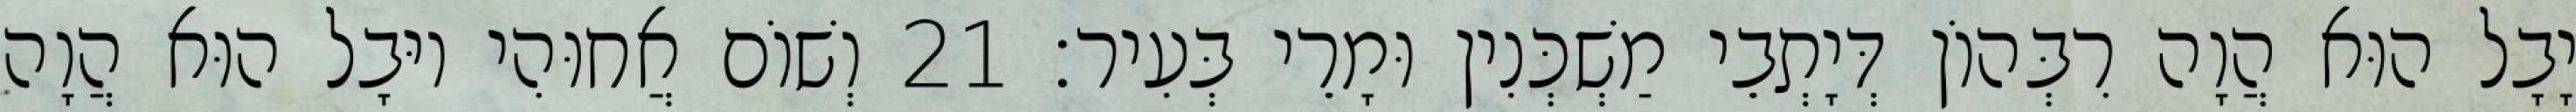
יָבָל הוּא הֲוָה רִבְּהוֹן דְּיָתְבֵי מַשְׁכְּנִין וּמָרֵי בְּעִיר׃ 21 וְשׁוֹם אֲחוּהִי יוּבָל הוּא הֲוָה